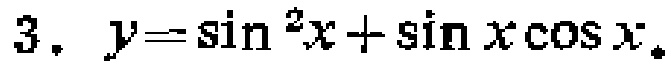
$3.\ y = \sin^{2}x+\sin x\cos x.$